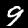
Digit: 9